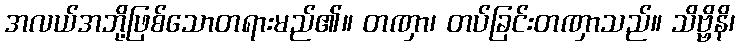
အလယ်အဘို့ဖြစ်သောတရားမည်၏။ တဏှာ၊ တပ်ခြင်းတဏှာသည်။ သိဗ္ဗိနိ၊